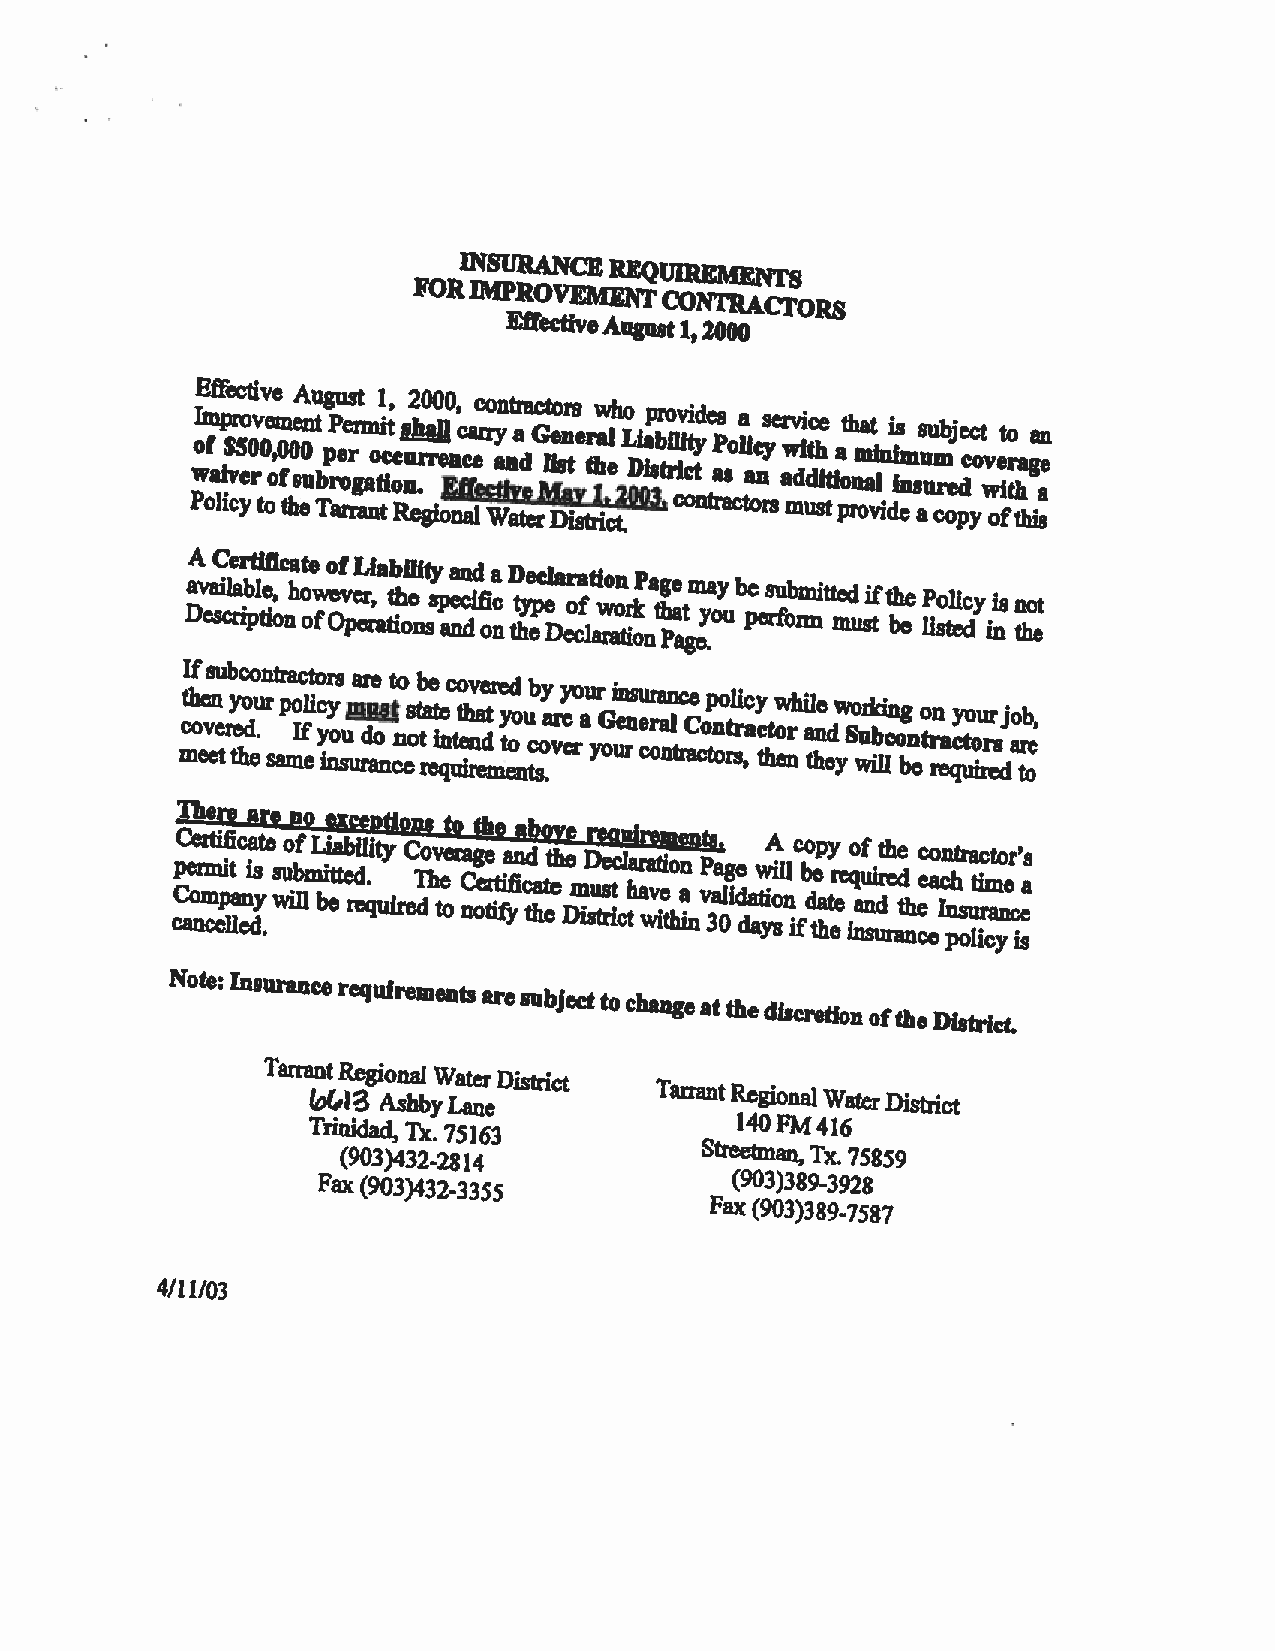
INSURANCEREQUIREMENTS
 FORIMPROVEMENTCONTRACTORS
 EffectIveAugust1,2000
 w PoIE m of af lf ip i$e v cr 5c yo et 0 rvi t0v oe o,e m 0 f th0 seA e0 unu Tt bpg P r au e o res r rgrt am a no t1 i tc it, o Rca nu e2 b .r g0 a r i0 ) e o) E0 n n, fc c afa e e lc r co Wry a tn in avt ar d tea eGc rMft De lo a anr its ye st tr h r1w a i.el ch 2 tLo D 0i 0a ip 3sbr t .o i rl cv ii c oti y td ne taP rs aso ca l tai oc n rys se awr mv dii udtc h sie t tia poth rnn oa ai vt l l in di Ihs enn ass uu um cb n oj pde c yc ot wv oet i fo tr tha hga isaen
 DaA v eaC si cle a rr ib pt li tef ii o,c nha ot oe w fo Oef v peL er ri , aa ttb ih oi el nit ssy p aea ncn did f oica nD tt hye epc e Dla eor ca f lt ai w ro aon tr ik oP na tg h Pe a at gm ey .a oy ub pe es ru fob rm mitt med usi tft bh ee lP iso tl eic dy ii nsn tho et
 mctI h of ee vs en eu trb y te hc o d eo u .n r st ar p ma o Ic fl et i yo c ir ny os sum ua d rr u ae o ns nt t co eostb t ra ie et n qec n uo t ih dv ra ete t more y c ed o nou tb v sy a .er ry e yo a our G ui ren cns ou er r na an clc tCe co rp sno ,tl tri hc ay ect nw o trh hi a el ne ydw wSo iur lk b li bcn o eg n ro etrn qa ucy t io o ru err s djo a torb c,
 cCpCT ae oeh nr mr m ce t er i pf ie lti a lc enia a ds ytr .ee s wuo iu b lfp lmL bie i eta tx eb rc d eie l . qiø t uyt il ro C em T do hv te ot eo r C nag ot eh e tr ie t fia yfna ic tdb hao ett ehv Dee m iD sr ue te s ra itc cu l h talr ar we a vtm iei to he an in nvPts 3aa. 0lg ie d da aw t yiA i o sU n ic fbo d tep a hty er ee io q nauf n si udt rh e rae td h ne cc e eo a Icn pnht osra ut li ic rm cat yo ner c i’ e sas
 Note:InsurancerequirementsaresubjecttochangeatthediscretionoftheDistrict.
 Tarra (n gt LR .e Igi Aon shal byW La at ner eDistrict
 TarrantRegionalWaterDistrict
 Trinidad,Tx.75163            140FM416
 (903)432-2814
 Streetman,Tx.75859
 Fax(903)432-3355           (903)389-3928
 Fax(903)389-7587
 4/11/03